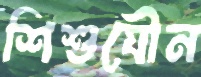
শিশুযৌন